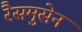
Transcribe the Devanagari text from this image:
रैसमुसेन